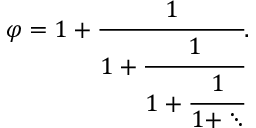
\varphi = 1 + { \cfrac { 1 } { 1 + { \cfrac { 1 } { 1 + { \cfrac { 1 } { 1 + \ddots } } } } } } .